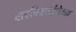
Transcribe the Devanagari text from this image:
वादविवादांपेक्षा